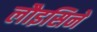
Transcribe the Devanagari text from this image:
लौइसिने